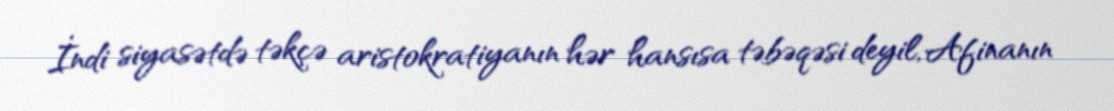
İndi siyasətdə təkçə aristokratiyanın hər hansısa təbəqəsi deyil, Afinanın